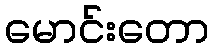
မောင်းတော